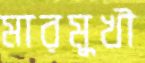
মারমুখী